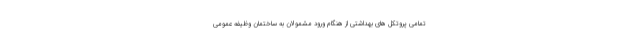
تمامی پروتکل های بهداشتی از هنگام ورود مشمولان به ساختمان وظیفه عمومی